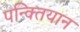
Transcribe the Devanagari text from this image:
पन्क्तियान